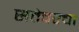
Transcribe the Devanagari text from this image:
सत्तेवरचा